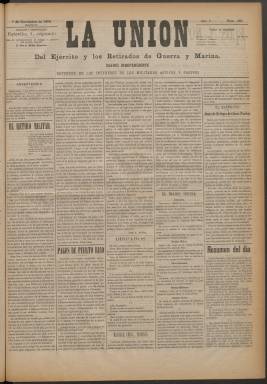
Título: La Unión del ejército y los retirados de guerra y marina
Colección: Fuerzas armadas
Ámbito geográfico: Madrid
Lugar de publicación: Madrid
Fechas: 01/01/1898-30/11/1898